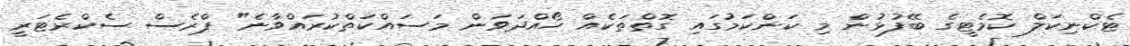
ޓެކްނިކަލް ކޮމެޓީގެ ބޭފުޅުން މި ކަންކަމުގައި ގޮތްތަކެއް ހޯއްދަވަން މަސައްކަތްކުރައްވާނެ" ޕްރެސް ސެކްރެޓަރީ